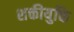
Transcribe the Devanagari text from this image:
शक्तीयुक्ति